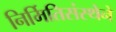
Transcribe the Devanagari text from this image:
निर्मितिसंस्थेने